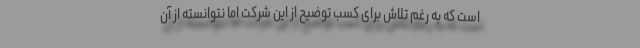
است که به رغم تلاش برای کسب توضیح از این شرکت اما نتوانسته از آن